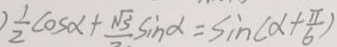
) \frac { 1 } { 2 } \cos \alpha + \frac { \sqrt { 3 } } { 2 } \sin \alpha = \sin ( \alpha + \frac { \pi } { 6 } )